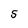
Character: S